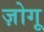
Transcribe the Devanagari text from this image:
ज़ोगू